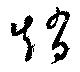
趙